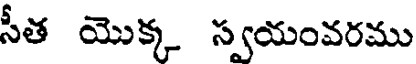
సీత యొక్క స్వయంవరము